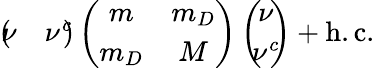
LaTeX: \left(\! \! \begin{array}{cc}{{\nu}}&{{\nu^{c}}}\end{array}\! \! \right)\left(\begin{array}{cc}{{m}}&{{m_{D}}}\\ {{m_{D}}}&{{M}}\end{array}\right)\left(\! \! \begin{array}{c}{{\nu}}\\ {{\nu^{c}}}\end{array}\! \! \right)+\mathrm{h.c.}